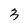
Character: 3